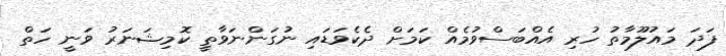
ފަދަ މައުލޫމާތު ހުރި އެއްބަސްވުމެއް ކަމަށް ދެކެވަޑައި ނުގަންނަވާތީ ކޮމިޝަނަރު ވަނީ ހަތް